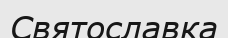
Святославка